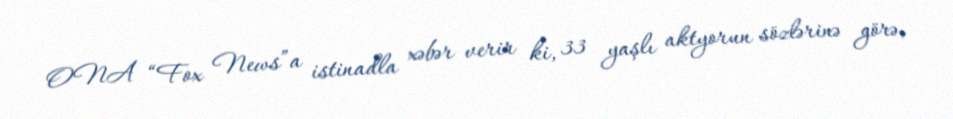
ONA “Fox News”a istinadla xəbər verir ki, 33 yaşlı aktyorun sözlərinə görə,